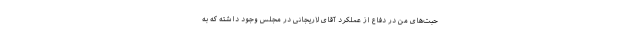
حبت‌های من در دفاع از عملکرد آقای لاریجانی در مجلس وجود داشته که به